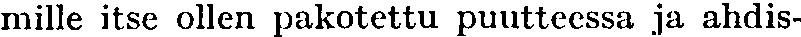
mille itse ollen pakotettu puutteessa ja ahdis-